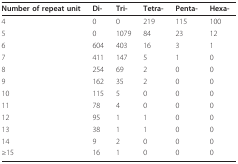
<table><thead><tr><td><b>Number of repeat unit</b></td><td><b>Di-</b></td><td><b>Tri-</b></td><td><b>Tetra-</b></td><td><b>Penta-</b></td><td><b>Hexa-</b></td></tr></thead><tbody><tr><td>4</td><td>0</td><td>0</td><td>219</td><td>115</td><td>100</td></tr><tr><td>5</td><td>0</td><td>1079</td><td>84</td><td>23</td><td>12</td></tr><tr><td>6</td><td>604</td><td>403</td><td>16</td><td>3</td><td>1</td></tr><tr><td>7</td><td>411</td><td>147</td><td>5</td><td>1</td><td>0</td></tr><tr><td>8</td><td>254</td><td>69</td><td>2</td><td>0</td><td>0</td></tr><tr><td>9</td><td>162</td><td>35</td><td>2</td><td>0</td><td>0</td></tr><tr><td>10</td><td>115</td><td>5</td><td>0</td><td>0</td><td>0</td></tr><tr><td>11</td><td>78</td><td>4</td><td>0</td><td>0</td><td>0</td></tr><tr><td>12</td><td>95</td><td>1</td><td>1</td><td>0</td><td>0</td></tr><tr><td>13</td><td>38</td><td>1</td><td>1</td><td>0</td><td>0</td></tr><tr><td>14</td><td>9</td><td>2</td><td>0</td><td>0</td><td>0</td></tr><tr><td>≥15</td><td>16</td><td>1</td><td>0</td><td>0</td><td>0</td></tr></tbody></table>